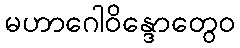
မဟာဂေါဝိန္ဒောတွေဝ